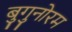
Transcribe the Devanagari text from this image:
बुगुनोरम